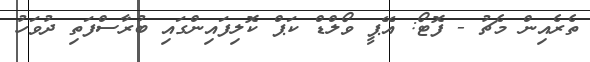
ތެރެއިން މެޗު - ފޮޓޯ: އޭޕީ ވޯލްޑް ކަޕް ކޮލިފައިންގައި ބުރާސްފަތި ދުވަހު